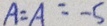
A = A = - 5